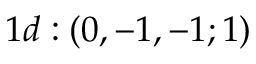
1 d : ( 0 , - 1 , - 1 ; 1 )